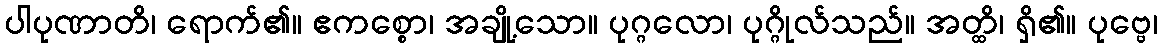
ပါပုဏာတိ၊ ရောက်၏။ ဧကစ္စော၊ အချို့သော။ ပုဂ္ဂလော၊ ပုဂ္ဂိုလ်သည်။ အတ္ထိ၊ ရှိ၏။ ပုဗ္ဗေ၊